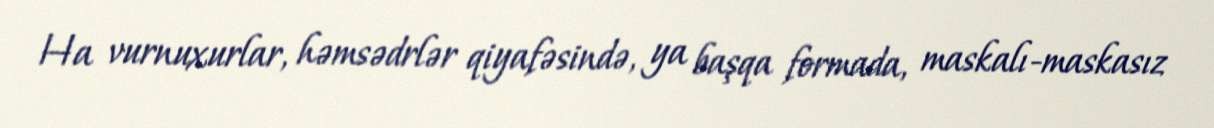
Ha vurnuxurlar, həmsədrlər qiyafəsində, ya başqa formada, maskalı-maskasız